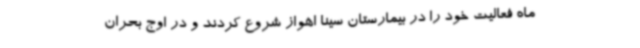
ماه فعالیت خود را در بیمارستان سینا اهواز شروع کردند و در اوج بحران